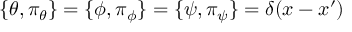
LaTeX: \{ \theta , \pi _ { \theta } \} = \{ \phi , \pi _ { \phi } \} = \{ \psi , \pi _ { \psi } \} = \delta ( x - x ^ { \prime } )